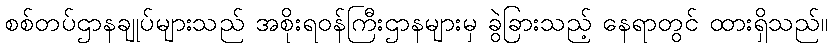
စစ်တပ်ဌာနချုပ်များသည် အစိုးရဝန်ကြီးဌာနများမှ ခွဲခြားသည့် နေရာတွင် ထားရှိသည်။